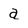
Character: a